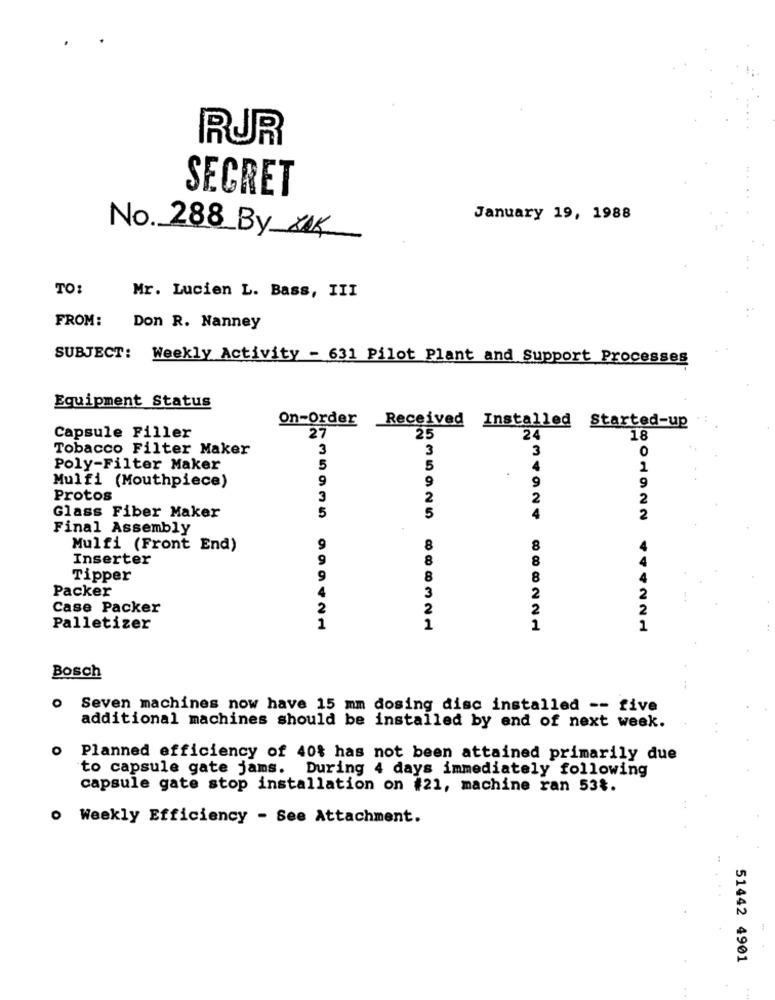
RUR
SECRET
January 19, 1988
No. 288 By XAK
TO:
Mr. Lucien L. Bass, III
FROM:
Don R. Nanney
SUBJECT: Weekly Activity - 631 Pilot Plant and Support Processes
Equipment Status
On-Order Received Installed
27
Started-up
Capsule Filler
25
24
18
Tobacco Filter Maker
3
3
3
0
Poly-Filter Maker
5
5
4
1
Mulfi (Mouthpiece)
9
9
9
9
Protos
3
2
2
2
5
Glass Fiber Maker
5
4
2
Final Assembly
Mulfi (Front End)
9
8
8
Inserter
9
8
8
Tipper
9
8
8
Packer
3
2
2
Case Packer
2
2
2
2
Palletizer
1
1
1
1
Bosch
o Seven machines now have 15 mm dosing disc installed -- five
additional machines should be installed by end of next week.
o Planned efficiency of 40% has not been attained primarily due
to capsule gate jams. During 4 days immediately following
capsule gate stop installation on #21, machine ran 53%.
o Weekly Efficiency - See Attachment.
51442 4901